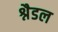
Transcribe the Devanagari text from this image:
श्नैडल